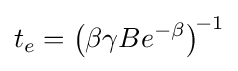
t_{e}=\left(\beta \gamma Be^{-\beta }\right)^{\!-1}